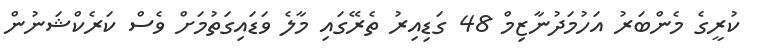
ކުރީގެ މެންބަރު އަހުމަދުނާޒިމް 48 ގަޑިއިރު ތެރޭގައި މާލެ ވަޑައިގަތުމަށް ވެސް ކަރެކްޝަނުން